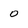
Character: 0